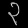
Digit: ၃